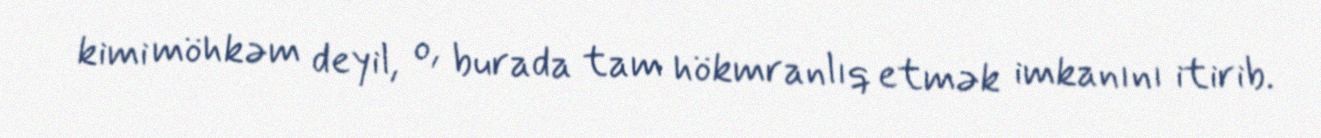
kimi möhkəm deyil, o, burada tam hökmranlıq etmək imkanını itirib.